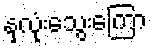
နှလုံးသွေးကြော